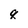
Character: q